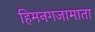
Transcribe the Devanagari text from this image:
हिमनगजामाता